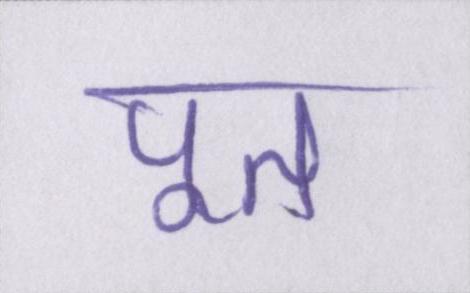
पूत